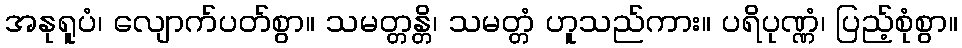
အနုရူပံ၊ လျောက်ပတ်စွာ။ သမတ္တန္တိ၊ သမတ္တံ ဟူသည်ကား။ ပရိပုဏ္ဏံ၊ ပြည့်စုံစွာ။